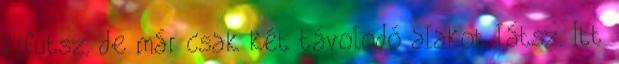
kifutsz, de már csak két távolodó alakot látsz. Itt